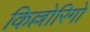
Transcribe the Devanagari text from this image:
किल्लोरिगो